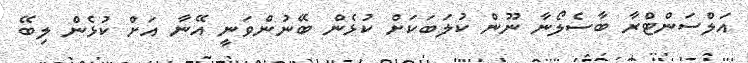
އަލްސަންޓްރާ ބާސެލޯނާ ނޫން ކުލަބަކަށް ކުޅެން ބޭނުންވަނީ އޭނާ އަށް ކުޅެން ލިބޭ